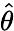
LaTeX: \hat{\mathbf\theta}